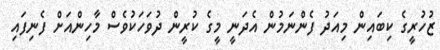
ޒުހުރީގެ ކިބައިން މިއަދު ފެންނަމުން އެދަނީ މީގެ ކުރީން ދުވަހަކުވެސް މާހިންއަށް ފެނިފައި